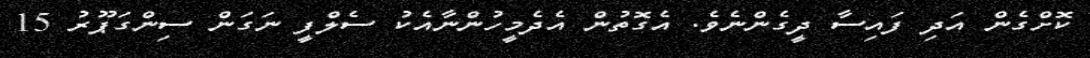
ކޮށްގެން އަދި ފައިސާ ދީގެންނެވެ. އެގޮތުން އެދެމީހުންނާއެކު ސެލްފީ ނަގަން ސިންގަޕޫރު 15